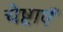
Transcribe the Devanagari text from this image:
चेष्टाएॅं